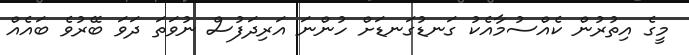
މީގެ އިތުރުން ކެއްސުމާއެކު ގަނޑުގަނޑަށް ހުންނަ އަރިދަފުސް ނުވަތަ ދަވަ ބޭރުވެ ބައެއް